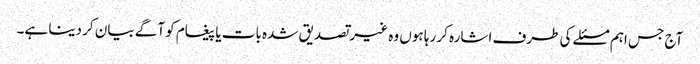
آج جس اہم مسئلے کی طرف اشارہ کر رہا ہوں وہ غیر تصدیق شدہ بات یا پیغام کو آگے بیان کر دینا ہے۔